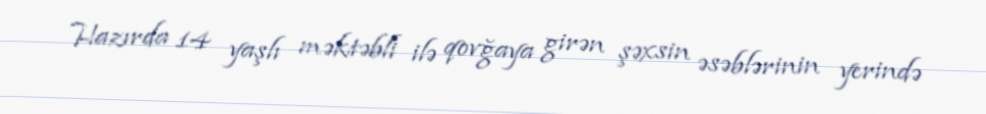
Hazırda 14 yaşlı məktəbli ilə qovğaya girən şəxsin əsəblərinin yerində